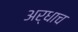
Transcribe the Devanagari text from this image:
अर्धाच